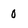
Character: O